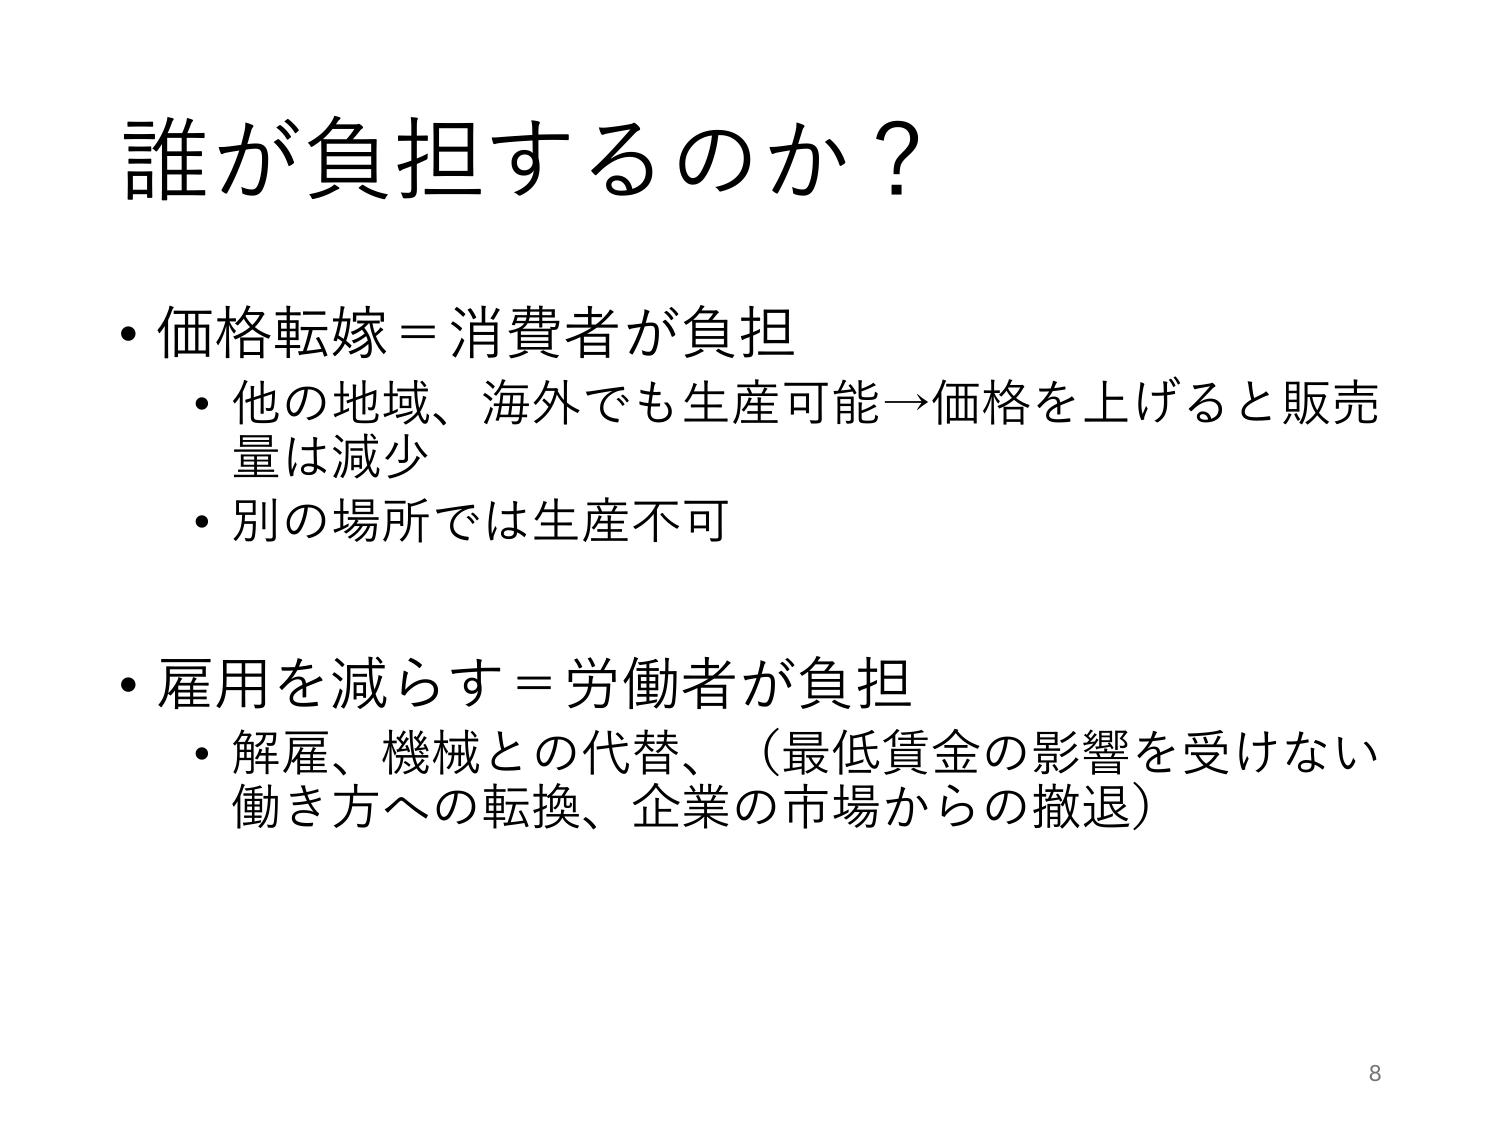
誰が負担するのか？

・価格転嫁＝消費者が負担
　・他の地域、海外でも生産可能→価格を上げると販売量は減少
　・別の場所では生産不可

・雇用を減らす＝労働者が負担
　・解雇、機械との代替、（最低賃金の影響を受けない働き方への転換、企業の市場からの撤退）

8